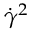
\dot { \gamma } ^ { 2 }